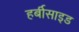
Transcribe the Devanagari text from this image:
हर्बीसाइड